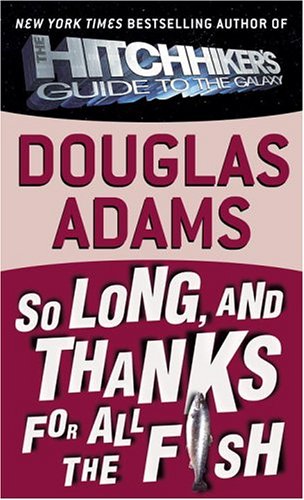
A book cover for So Long, and Thanks for All the Fish (Hitchhiker's Guide to the Galaxy); Douglas Adams; Literature & Fiction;